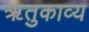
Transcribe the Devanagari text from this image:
ॠतुकाव्य